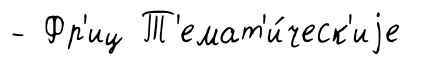
- Фр'иц Т'емат'и́ческ'иjе